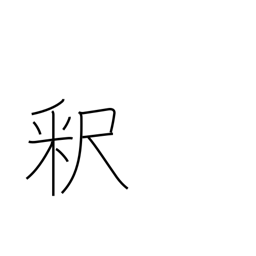
Meaning: explanation